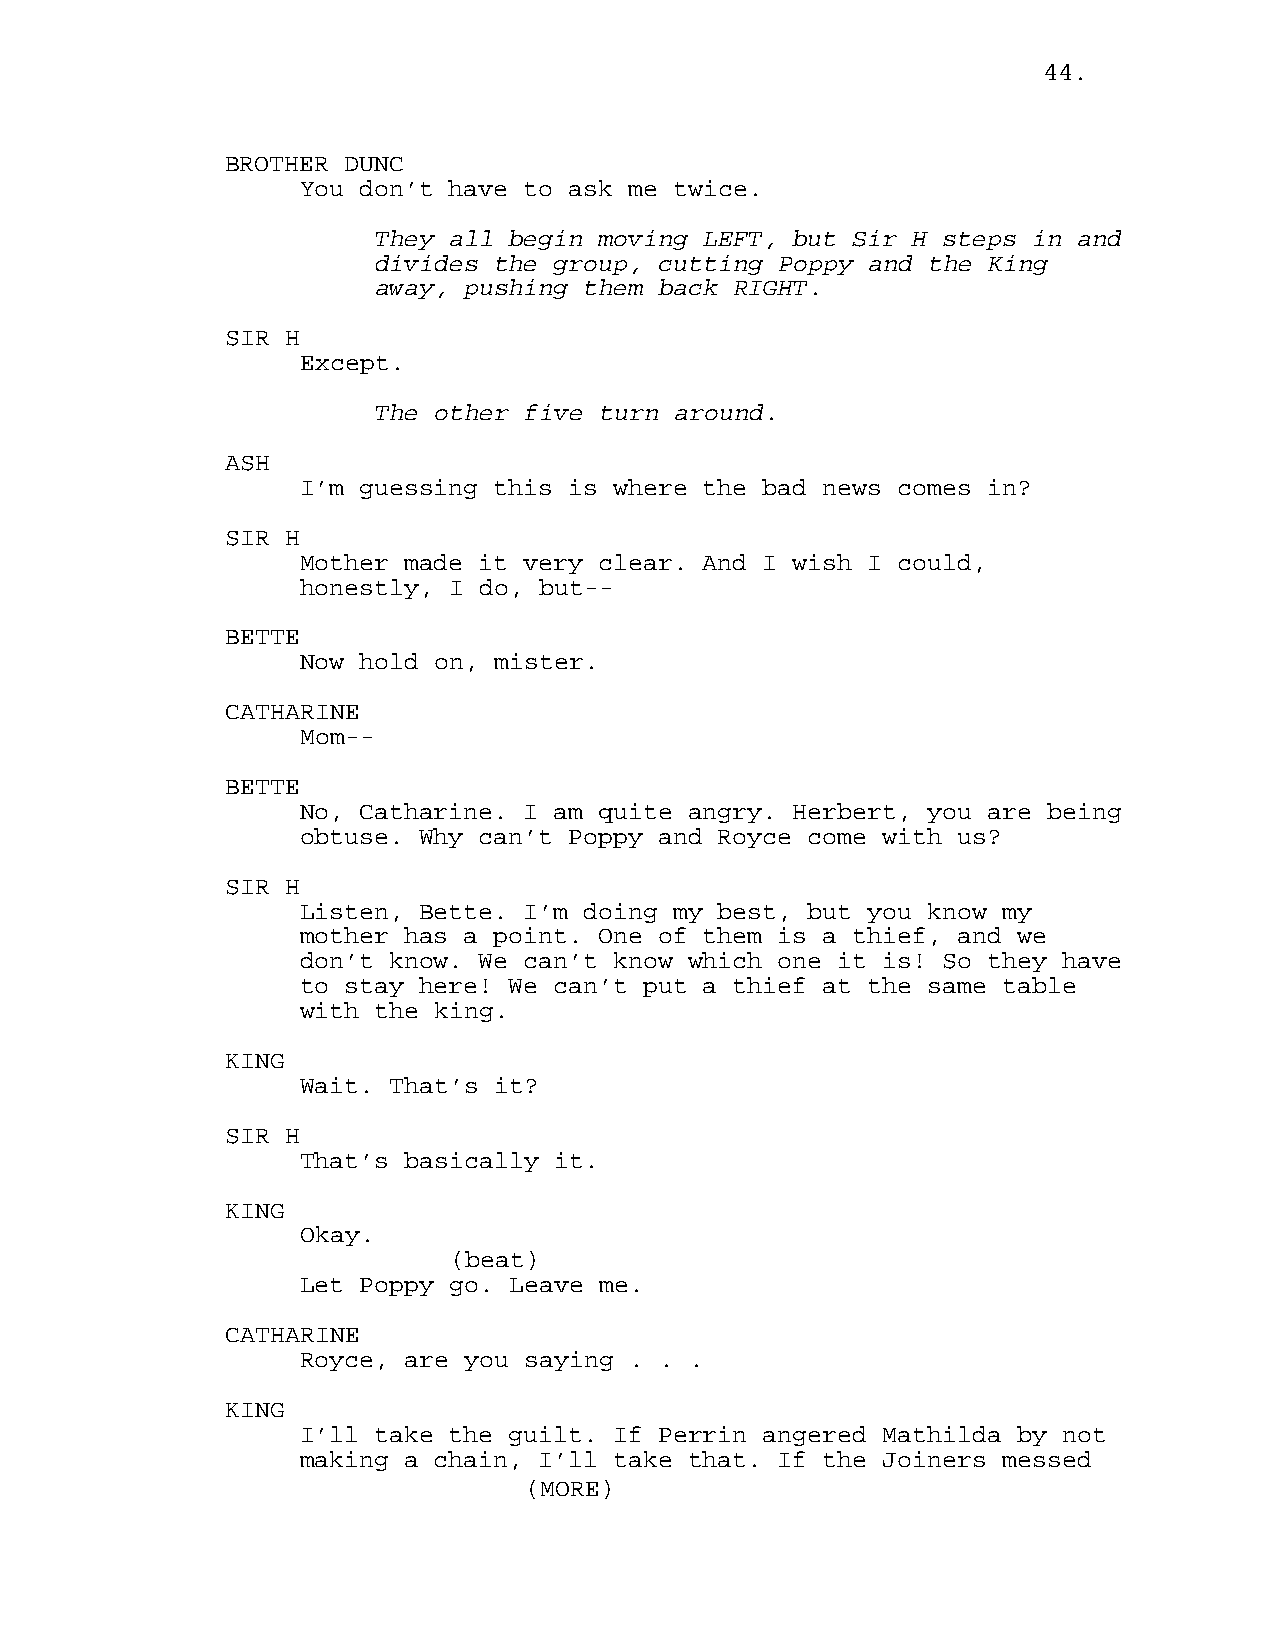
44.
 BROTHER DUNC
 You don’t have to ask me twice.
 They all begin moving LEFT, but Sir H steps in and
 divides the group, cutting Poppy and the King
 away, pushing them back RIGHT.
 SIR H
 Except.
 The other five turn around.
 ASH
 I’m guessing this is where the bad news comes in?
 SIR H
 Mother made it very clear. And I wish I could,
 honestly, I do, but--
 BETTE
 Now hold on, mister.
 CATHARINE
 Mom--
 BETTE
 No, Catharine. I am quite angry. Herbert, you are being
 obtuse. Why can’t Poppy and Royce come with us?
 SIR H
 Listen, Bette. I’m doing my best, but you know my
 mother has a point. One of them is a thief, and we
 don’t know. We can’t know which one it is! So they have
 to stay here! We can’t put a thief at the same table
 with the king.
 KING
 Wait. That’s it?
 SIR H
 That’s basically it.
 KING
 Okay.
 (beat)
 Let Poppy go. Leave me.
 CATHARINE
 Royce, are you saying . . .
 KING
 I’ll take the guilt. If Perrin angered Mathilda by not
 making a chain, I’ll take that. If the Joiners messed
 (MORE)